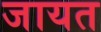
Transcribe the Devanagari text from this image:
जायत